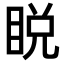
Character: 𥆟